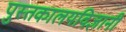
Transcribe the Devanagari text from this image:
पुस्तकालयविज्ञानी